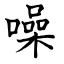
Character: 噪